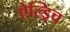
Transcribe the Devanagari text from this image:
ऐल्ड्रिच